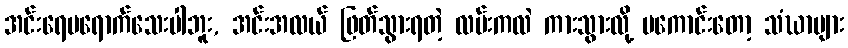
အင်းရေမရောက်သေးပါဘူး, အင်းအလယ် ဖြတ်သွားရတဲ့ လမ်းကလဲ ကားသွားလို့ မကောင်းတော့ သံဃာများ